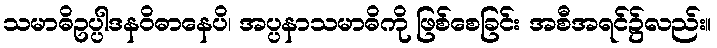
သမာဓိဥပ္ပါဒနဝိဓာနေပိ၊ အပ္ပနာသမာဓိကို ဖြစ်စေခြင်း အစီအရင်၌လည်း။